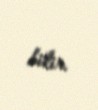
bilir.